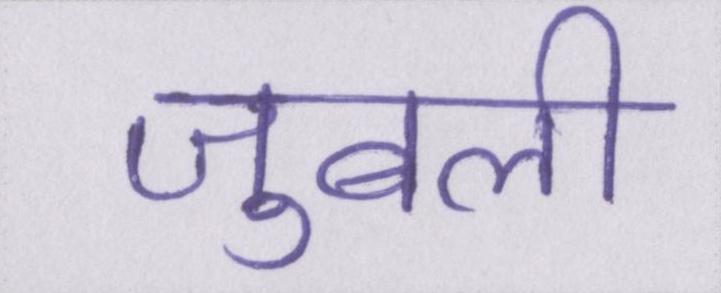
जुबली